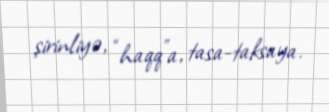
şirinliyə, “haqq”a, tasa-taksaya.